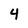
Character: 4